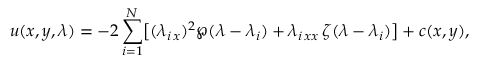
u ( x , y , \lambda ) = - 2 \sum _ { i = 1 } ^ { N } \bigl [ ( \lambda _ { i \, x } ) ^ { 2 } \wp ( \lambda - \lambda _ { i } ) + \lambda _ { i \, x x } \, \zeta ( \lambda - \lambda _ { i } ) \bigr ] + c ( x , y ) ,